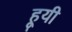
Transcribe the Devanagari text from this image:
हूयी